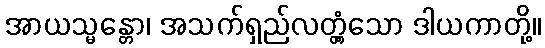
အာယသ္မန္တော၊ အသက်ရှည်လတ္တံ့သော ဒါယကာတို့။